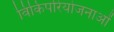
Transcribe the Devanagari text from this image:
विकिपरियोजनाओं